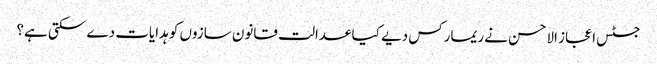
جسٹس اعجاز الاحسن نے ریمارکس دیے کیا عدالت قانون سازوں کو ہدایات دے سکتی ہے؟